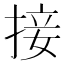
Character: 接